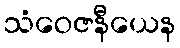
သံဝေဇနီယေန